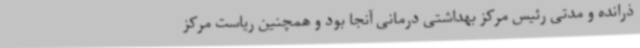
ذرانده و مدتی رئیس مرکز بهداشتی درمانی آنجا بود و همچنین ریاست مرکز